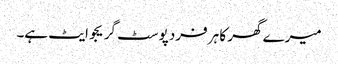
میرے گھر کا ہر فرد پوسٹ گریجوایٹ ہے۔